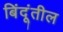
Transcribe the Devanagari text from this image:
बिंदूंतील